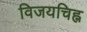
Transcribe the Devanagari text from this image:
विजयचिह्न